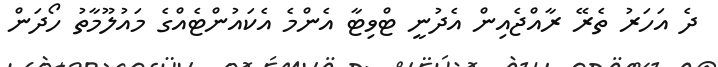
ދެ އަހަރު ތެރޭ ރާއްޖެއިން އެދުނީ ޓްވިޓާ އެންމެ އެކައުންޓެއްގެ މައުލޫމާތު ހޯދަން